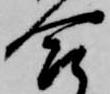
合